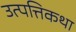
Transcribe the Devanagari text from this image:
उत्पत्तिकथा